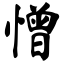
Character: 憎